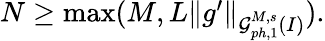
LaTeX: \begin{array}{r}{N\geq\operatorname*{max}(M,L\| g^{\prime}\| _{\mathcal{G}_{ph,1}^{M,s}(I)}).}\end{array}